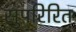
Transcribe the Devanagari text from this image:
सुपरिरित